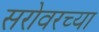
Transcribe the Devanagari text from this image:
सरोवरच्या